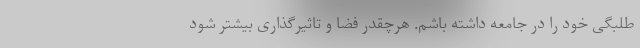
طلبگی خود را در جامعه داشته باشم. هرچقدر فضا و تاثیرگذاری بیشتر شود